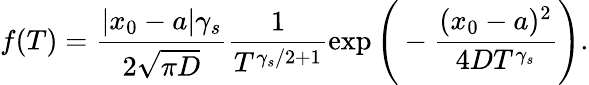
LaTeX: f(T)=\frac{|x_{0}-a|\gamma_{s}}{2\sqrt{\pi D}}\frac{1}{T^{\gamma_{s}/2+1}}\exp\Bigg(-\frac{(x_{0}-a)^{2}}{4DT^{\gamma_{s}}}\Bigg).